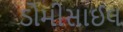
ડોમીસાઈલ